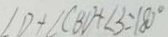
\angle D + \angle C B D + \angle 3 = 1 8 0 ^ { \circ }